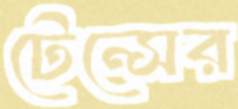
টেন্সের